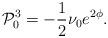
LaTeX: \begin{align*}{\cal P}_0^3 =-\frac{1}{2}\nu_0 e^{2\phi}.\end{align*}